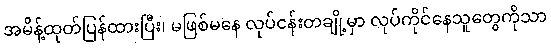
အမိန့်ထုတ်ပြန်ထားပြီး၊ မဖြစ်မနေ လုပ်ငန်းတချို့မှာ လုပ်ကိုင်နေသူတွေကိုသာ